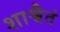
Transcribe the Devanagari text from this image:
शाश्वैतं